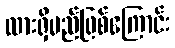
ထားရှိမည်ဖြစ်ကြောင်း